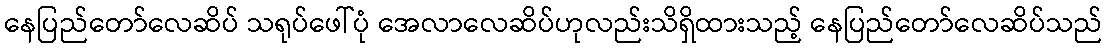
နေပြည်တော်လေဆိပ် သရုပ်ဖေါ်ပုံ အေလာလေဆိပ်ဟုလည်းသိရှိထားသည့် နေပြည်တော်လေဆိပ်သည်